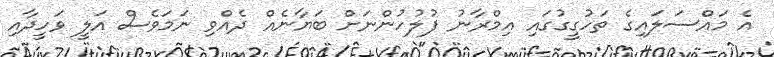
އެ މައްސަލައިގެ ތަހުގީގުގައި އިމްރާނު ފުލުހުންނަށް ބަޔާނެއް ދެއްވި ނަމަވެސް އަލީ ވަހީދާއި